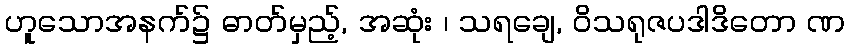
ဟူသောအနက်၌ ဓာတ်မှည့်, အဆုံး ၊ သရချေ, ဝိသရုဇပဒါဒိတော ဏ